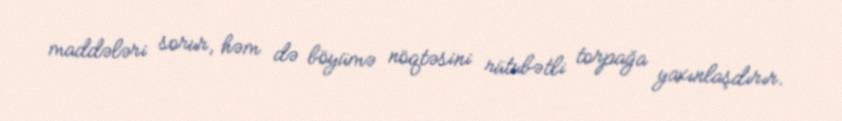
maddələri sorur, həm də böyümə nöqtəsini rütubətli torpağa yaxınlaşdırır.